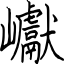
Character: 巘